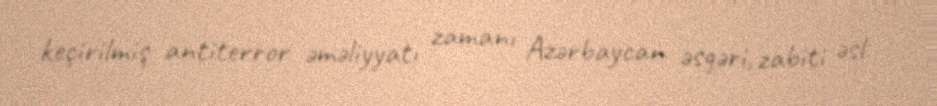
keçirilmiş antiterror əməliyyatı zamanı Azərbaycan əsgəri, zabiti əsl